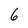
Character: 6